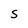
Character: S